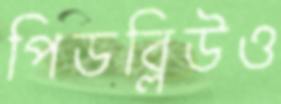
পিডব্লিউও